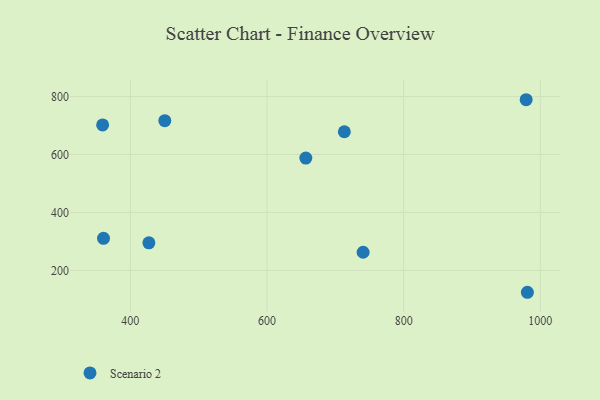
{"axis": {"x": "Investment", "y": "Fuel Efficiency"}, "legend": ["Scenario 2"], "data": [{"x": "360.7", "y": 310.4, "type": "Scenario 2"}, {"x": "981.1", "y": 124.3, "type": "Scenario 2"}, {"x": "450.4", "y": 716.7, "type": "Scenario 2"}, {"x": "979.3", "y": 789.1, "type": "Scenario 2"}, {"x": "427.1", "y": 295.2, "type": "Scenario 2"}, {"x": "359.4", "y": 702.0, "type": "Scenario 2"}, {"x": "713.2", "y": 678.6, "type": "Scenario 2"}, {"x": "656.8", "y": 587.8, "type": "Scenario 2"}, {"x": "740.7", "y": 262.5, "type": "Scenario 2"}]}